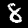
Label: 8